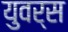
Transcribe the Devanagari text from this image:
युवर्स